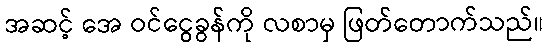
အဆင့် အေ ဝင်ငွေခွန်ကို လစာမှ ဖြတ်တောက်သည်။